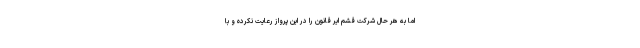
اما به هر حال شرکت قشم ایر قانون را در این پرواز رعایت نکرده و با